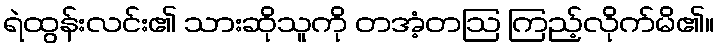
ရဲထွန်းလင်း၏ သားဆိုသူကို တအံ့တဩ ကြည့်လိုက်မိ၏။